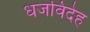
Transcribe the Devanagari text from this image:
धजविदेह